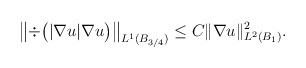
\begin{align*}\left\|\div\big( |\nabla u| \nabla u\big)\right\|_{L^1(B_{3/4})} \leq C \|\nabla u\|_{L^2(B_{1})}^2.\end{align*}